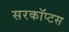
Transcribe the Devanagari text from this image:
सरकॉप्टस